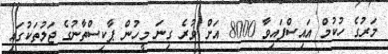
މަރުގެ ހުކުމް އައިސްފައިވާ 8000 އަށް ވުރެ ގިނަ މީހުން ޕާކިސްތާނުގެ ޖަލުތަކުގައި